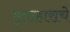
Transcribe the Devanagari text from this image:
मृताहाराचे